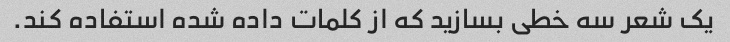
یک شعر سه خطی بسازید که از کلمات داده شده استفاده کند.